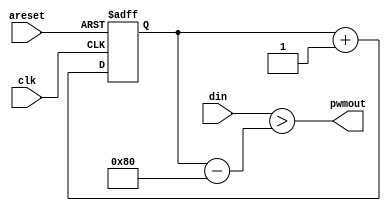
`timescale 1ns / 10ps
module pwmer
#(
    parameter N=8
)
(
    input clk,
    input areset,
	input signed [N-1:0] din,
    output pwmout
);
	reg [N-1:0] cnt;
	wire signed [N-1:0] cnt_sign;
	always @(posedge clk, negedge areset) begin
		if(!areset) cnt <= {N{1'b0}};
		else cnt <= cnt + 1'b1;
	end
	assign cnt_sign = cnt - {1'b1, {(N-1){1'b0}}};
	assign pwmout = (din > cnt_sign);
endmodule